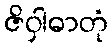
ဇိဝှါဓာတုံ